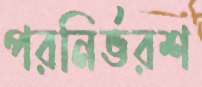
পরনির্ভরশ